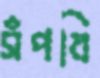
সঁপবি